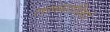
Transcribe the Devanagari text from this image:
तापमापियां